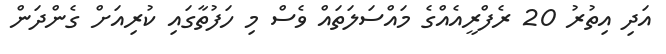
އަދި އިތުރު 20 ރެފްރީއެއްގެ މައްސަލަތައް ވެސް މި ހަފުތާގައި ކުރިއަށް ގެންދަން